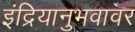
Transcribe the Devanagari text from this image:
इंद्रियानुभवावर